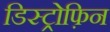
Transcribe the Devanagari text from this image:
डिस्ट्रोफ़िन